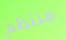
منتظم